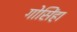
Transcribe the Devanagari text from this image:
गोसिंहा